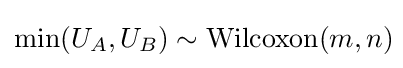
\min(U_{A},U_{B})\sim {\text{Wilcoxon}}(m,n)\!